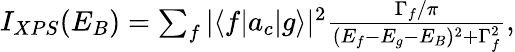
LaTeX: \begin{array}{r}{I_{XPS}(E_{B})=\sum_{f}|\langle f|a_{c}|g\rangle|^{2}\frac{\Gamma_{f}/\pi}{(E_{f}-E_{g}-E_{B})^{2}+\Gamma_{f}^{2}},}\end{array}